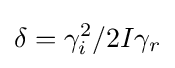
\delta =\gamma _{i}^{2}/2I\gamma _{r}